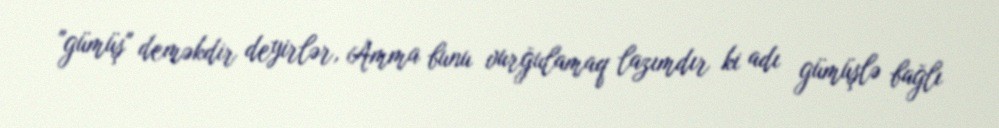
"gümüş" deməkdir deyirlər, Amma bunu vurğulamaq lazımdır ki adı gümüşlə bağlı